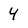
Character: 4